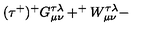
( \tau ^ { + } ) ^ { + } G _ { \mu \nu } ^ { \tau \lambda } + ^ { + } W _ { \mu \nu } ^ { \tau \lambda } -